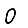
Digit: 0